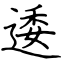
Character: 逶